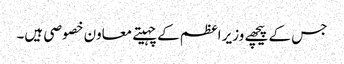
جس کے پیچھے وزیر اعظم کے چہیتے معاون خصوصی ہیں۔